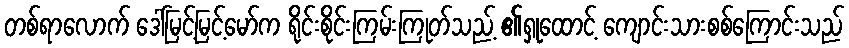
တစ်ရာလောက် ဒေါ်မြင့်မြင့်မော်က ရိုင်းစိုင်းကြမ်းကြုတ်သည့် ၏ရှုထောင့် ကျောင်းသားစစ်ကြောင်းသည်